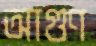
আগুণ